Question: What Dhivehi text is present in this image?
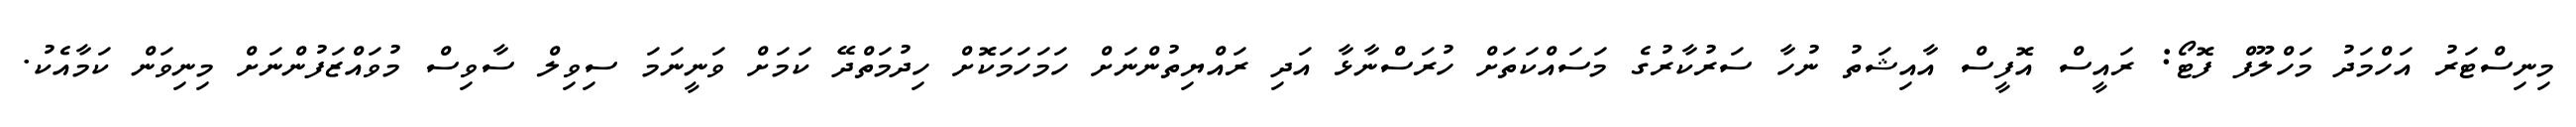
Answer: މިނިސްޓަރު އަހްމަދު މަހްލޫފް ފޮޓޯ: ރައީސް އޮފީސް އާއިޝަތު ނުހާ ސަރުކާރުގެ މަސައްކަތަށް ހުރަސްނާޅާ އަދި ރައްޔިތުންނަށް ހަމަހަމަކޮށް ހިދުމަތްދޭ ކަމަށް ވަނީނަމަ ސިވިލް ސާވިސް މުވައްޒަފުންނަށް މިނިވަން ކަމާއެކު.